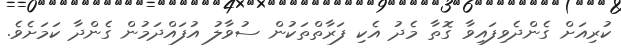
ކުރިއަށް ގެންދެވިފައިވާ ގޮތާ މެދު އެކި ފަރާތްތަކުން ސުވާލު އުފައްދަމުން ގެންދާ ކަމަށެވެ.